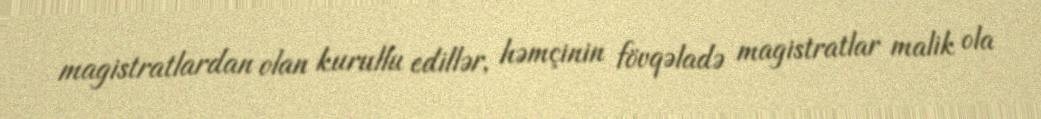
magistratlardan olan kurullu edillər, həmçinin fövqəladə magistratlar malik ola